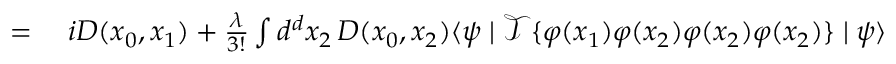
\begin{array} { r l } { = { } } & { { } i D ( x _ { 0 } , x _ { 1 } ) + { \frac { \lambda } { 3 ! } } \int d ^ { d } x _ { 2 } \, D ( x _ { 0 } , x _ { 2 } ) \langle \psi \mid { \mathcal { T } } \{ \varphi ( x _ { 1 } ) \varphi ( x _ { 2 } ) \varphi ( x _ { 2 } ) \varphi ( x _ { 2 } ) \} \mid \psi \rangle } \end{array}